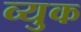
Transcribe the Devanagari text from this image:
व्युक